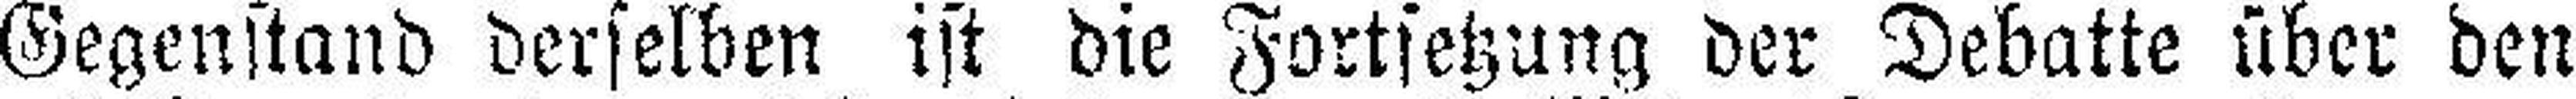
Gegenstand derselben ist die Fortsetzung der Debatte über den